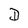
Character: D